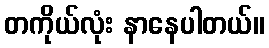
တကိုယ်လုံး နာနေပါတယ်။